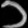
Digit: ၁